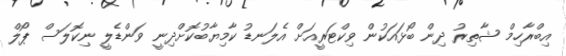
އިބްރާހިމް ޝާތިރު ދިން ބޯޅައަކުން ވިކްޓަރީއަށް އެލަނޑު ކާމިޔާބުކޮށްދިނީ ވަންޑެލީ ނިކޮލަސް ޕޯލް